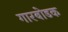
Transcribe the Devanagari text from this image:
गारबोडक